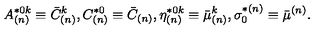
A _ { ( n ) } ^ { * 0 k } \equiv \bar { C } _ { ( n ) } ^ { k } , C _ { ( n ) } ^ { * 0 } \equiv \bar { C } _ { ( n ) } , \eta _ { ( n ) } ^ { * 0 k } \equiv \bar { \mu } _ { ( n ) } ^ { k } , \sigma _ { 0 } ^ { * ( n ) } \equiv \bar { \mu } ^ { ( n ) } .